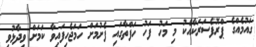
ގައުމެއްގެ ޕްރޮފެސަރަކާއެކު މި މަހު ފަހު ހަފްތާގައި ފެށުމަށް ހަމަޖެހިފައިވާ ކަމަށް ވިދާޅުވި